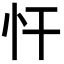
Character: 忓